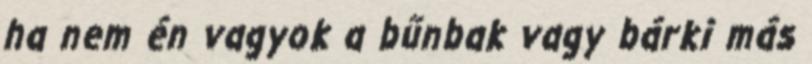
ha nem én vagyok a bűnbak vagy bárki más